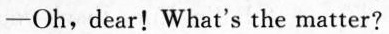
-Oh,dear! What's the matter?